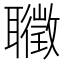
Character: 𦘇